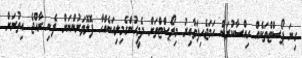
ގިނަ ޕޯސްޓްތަކެއް ހިއްސާކުރަަން ހަމަޖެހިފަވާއިރު މިޕޯސްޓްތަށް ދެމީހުންގެމިލިއަނެއްހާ ފޮލޮވަރުންނަށް ފެނި ރާއްޖެ އިތުރަށް